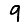
Digit: 9